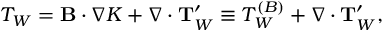
T _ { W } = { \bf { B } } \cdot \nabla K + \nabla \cdot { \bf { T } } _ { W } ^ { \prime } \equiv T _ { W } ^ { ( B ) } + \nabla \cdot { \bf { T } } _ { W } ^ { \prime } ,